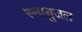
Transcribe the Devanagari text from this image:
स्नायुजल